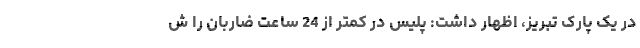
در یک پارک تبریز، اظهار داشت: پلیس در کمتر از 24 ساعت ضاربان را ش